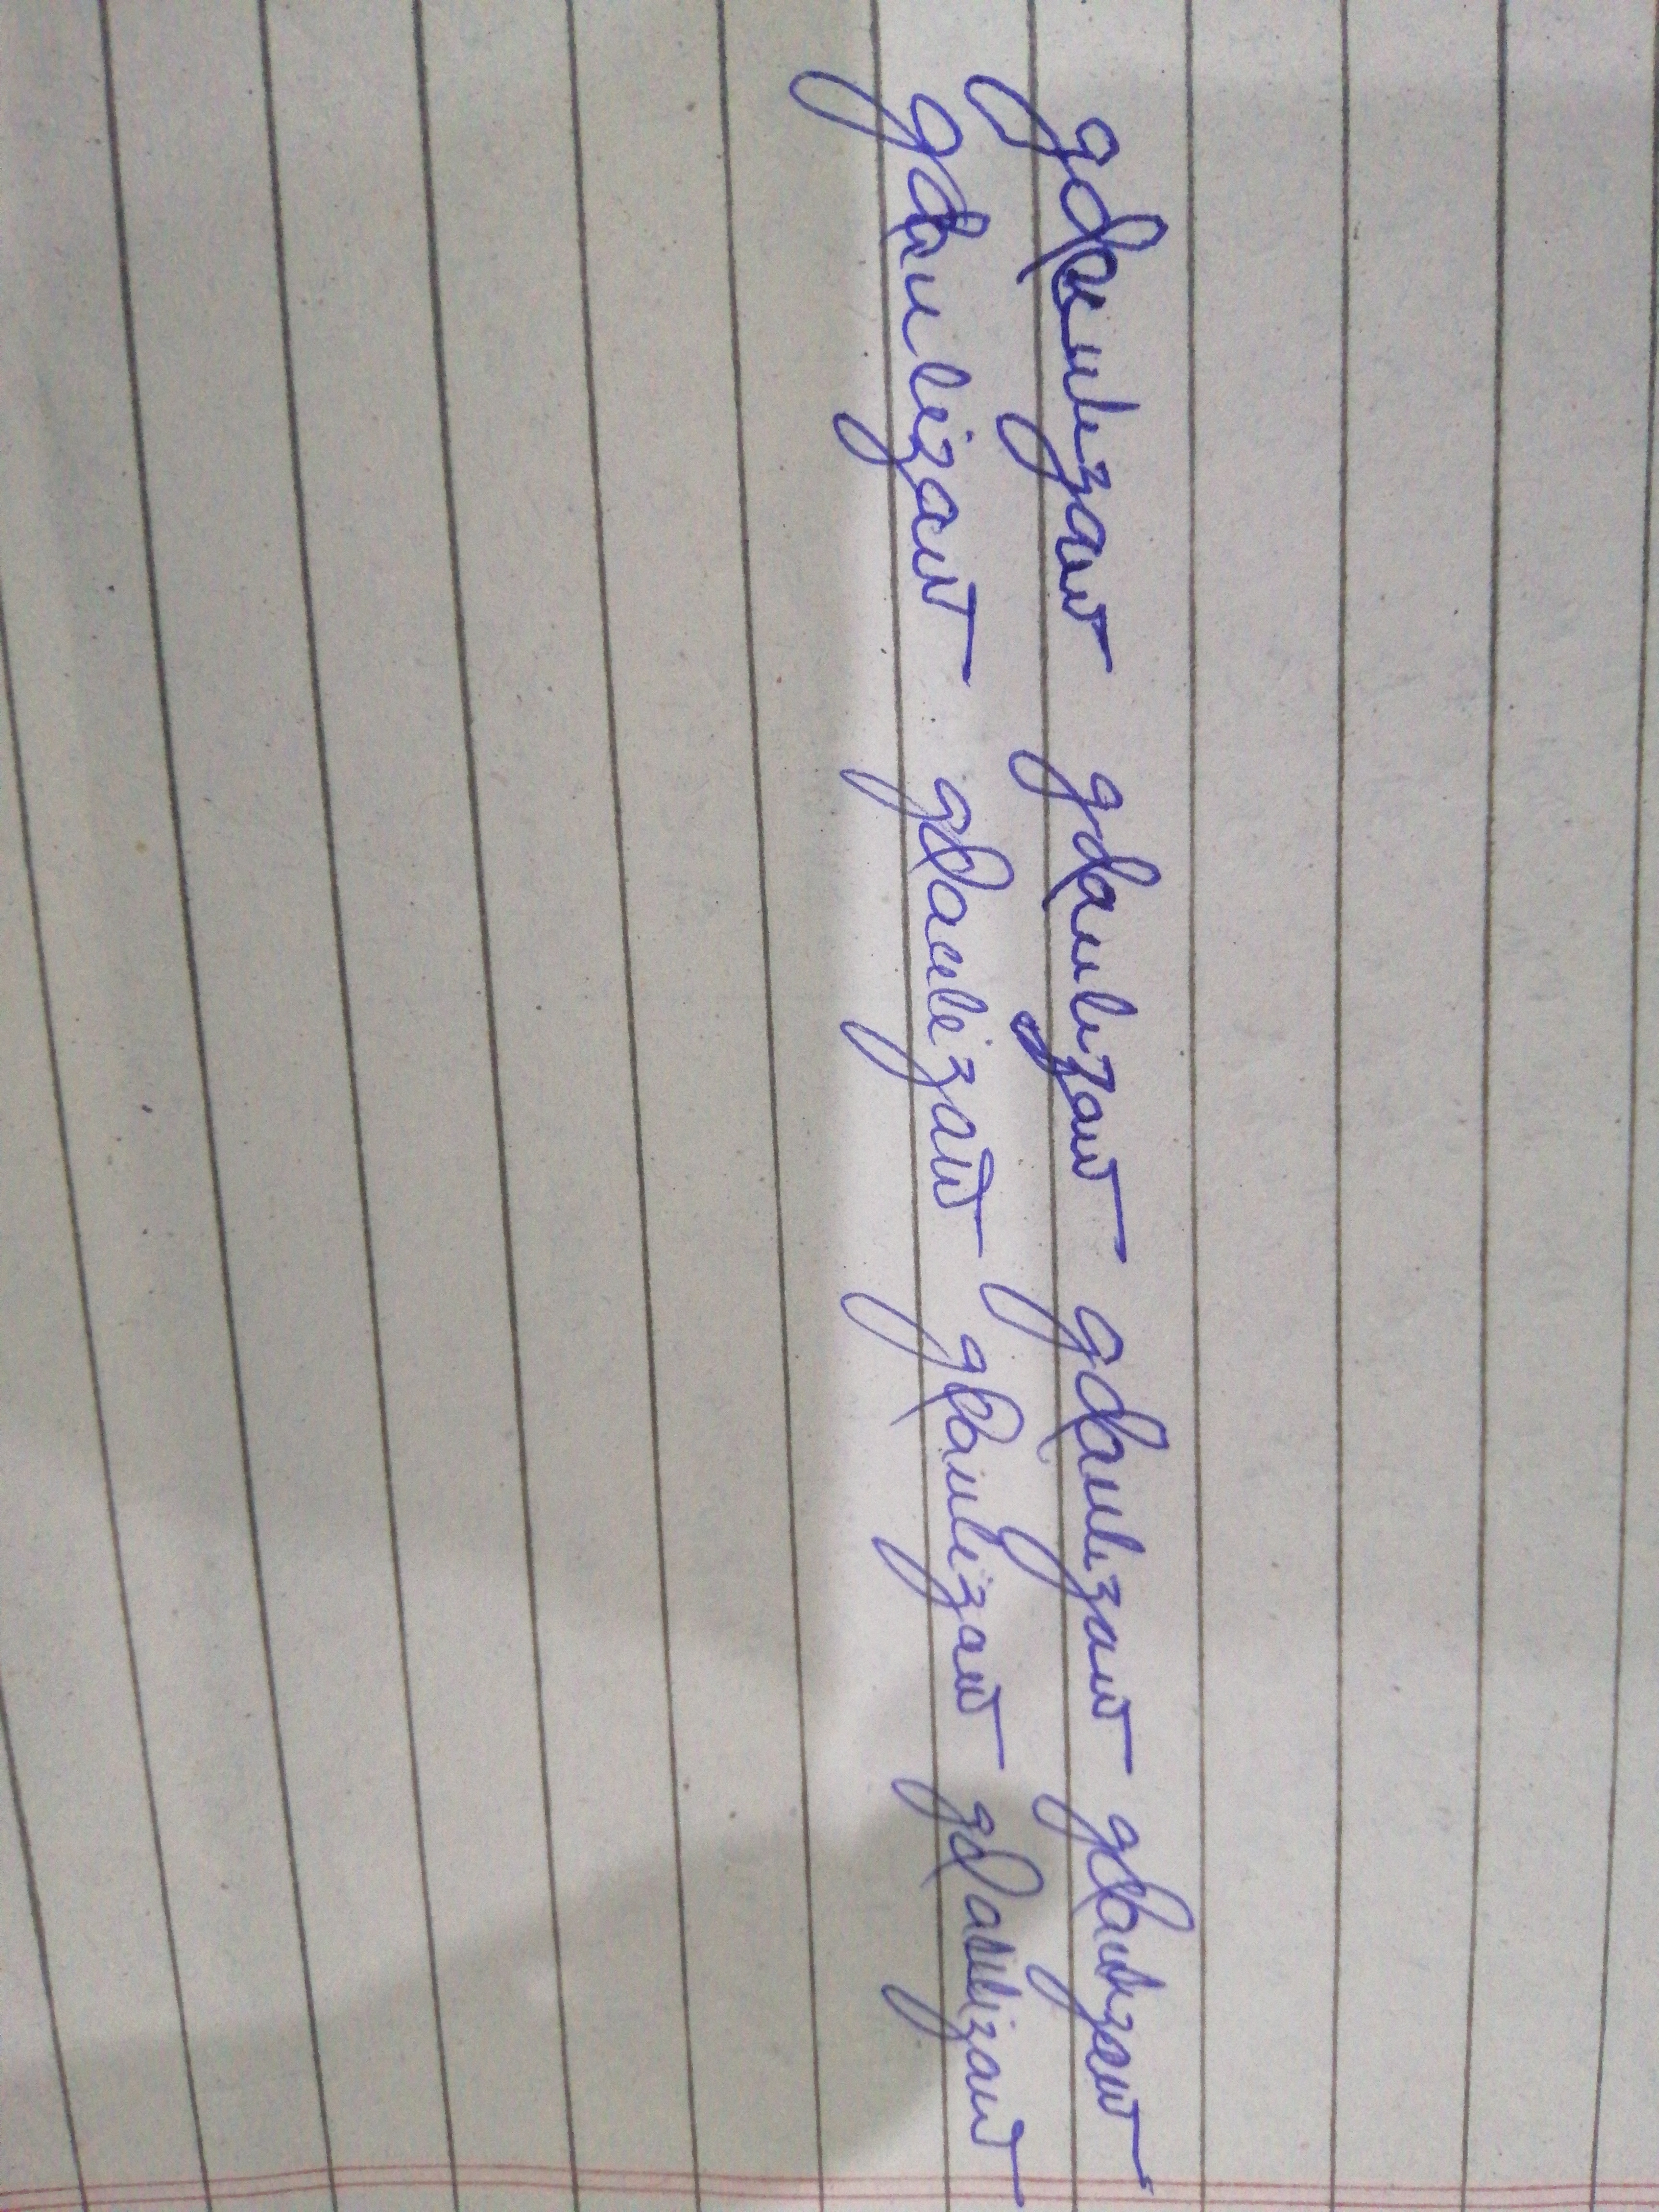
Signature authenticity: forged